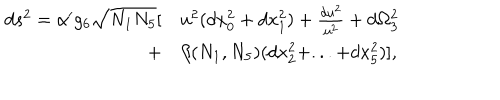
LaTeX: \begin{array} { r l } { { d s ^ { 2 } = \alpha ^ { \prime } g _ { 6 } \sqrt { N _ { 1 } N _ { 5 } } [ } } & { { u ^ { 2 } ( d x _ { 0 } ^ { 2 } + d x _ { 1 } ^ { 2 } ) + { \frac { d u ^ { 2 } } { u ^ { 2 } } } + d \Omega _ { 3 } ^ { 2 } } } \\ { { \nonumber + } } & { { \beta ( N _ { 1 } , N _ { 5 } ) ( d x _ { 2 } ^ { 2 } + . . . + d x _ { 5 } ^ { 2 } ) ] , } } \\ \end{array}